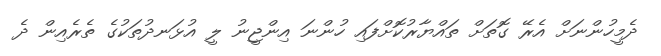
ދެމީހުންނަށް އެރޭ ގޮތަށް ތައްޔާރުކޮށްފައި ހުންނަ އިންޖީނު ލީ އުޅަނދުތަކުގެ ތެރެއިން ދެ